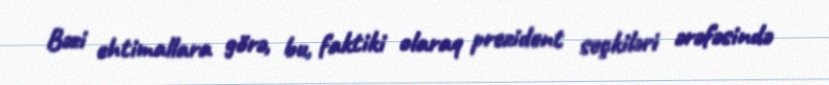
Bəzi ehtimallara görə, bu, faktiki olaraq prezident seçkiləri ərəfəsində